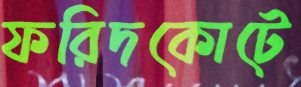
ফরিদকোটে